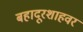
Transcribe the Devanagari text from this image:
बहादूरशाहवर